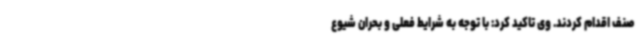
صنف اقدام کردند. وی تاکید کرد: با توجه به شرایط فعلی و بحران شیوع